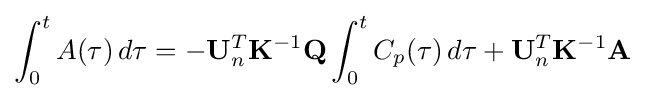
\int _{0}^{t}A(\tau )\,d\tau =-\mathbf {U} _{n}^{T}\mathbf {K} ^{-1}\mathbf {Q} \int _{0}^{t}C_{p}(\tau )\,d\tau +\mathbf {U} _{n}^{T}\mathbf {K} ^{-1}\mathbf {A}